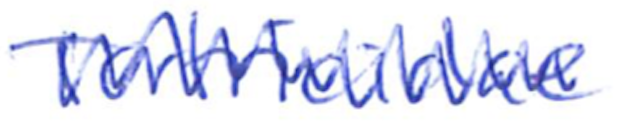
Text: Tortricidae
Cross-out: mix
Writing tool: ballpoint